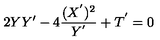
2 Y Y ^ { \prime } - 4 \frac { ( X ^ { ^ { \prime } } ) ^ { 2 } } { Y ^ { ^ { \prime } } } + T ^ { ^ { \prime } } = 0